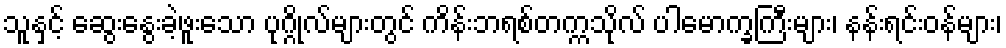
သူနှင့် ဆွေးနွေးခဲ့ဖူးသော ပုဂ္ဂိုလ်များတွင် ကိန်းဘရစ်တက္ကသိုလ် ပါမောက္ခကြီးများ၊ နန်းရင်းဝန်များ၊